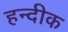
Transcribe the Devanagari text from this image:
हन्दीक